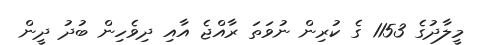
މީލާދުގެ 1153 ގެ ކުރިން ނުވަތަ ރާއްޖެ އާއި ދިވެހިން ބުދު ދީން